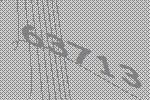
63713